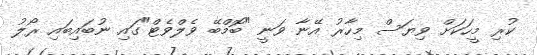
ކުރި މީހަކަށް ވިޔަސް މިހާރު އޭނާ ވަނީ "ބޮމްބޭ ވެލްވެޓް"ގައި ނުބައިބައި ރޯލު